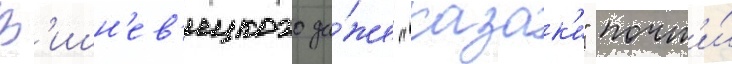
В'ишн'ев'ецкого да́же "казак'и" почт'и́